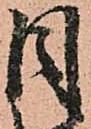
目